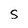
Character: S